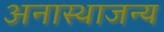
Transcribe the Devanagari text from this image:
अनास्थाजन्य